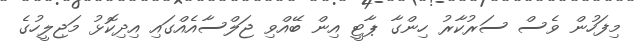
މިފަހުން ވެސް ސަރުކާރު ހިންގާ ޕާޓީ އިން ބޭއްވި ޖަލްސާއެއްގައި އިދިކޮޅު މަޖިލީހުގެ